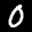
Label: 0